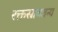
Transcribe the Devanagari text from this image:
रक्तस्रावजन्य